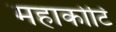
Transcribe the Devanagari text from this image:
महाकोटि